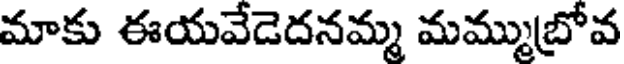
మాకు ఈయవేడెదనమ్మ మమ్ముబ్రోవ